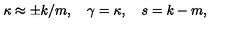
\kappa \approx \pm k / m , \quad \gamma = \kappa , \quad s = k - m ,